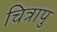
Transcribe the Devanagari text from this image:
चित्रापु